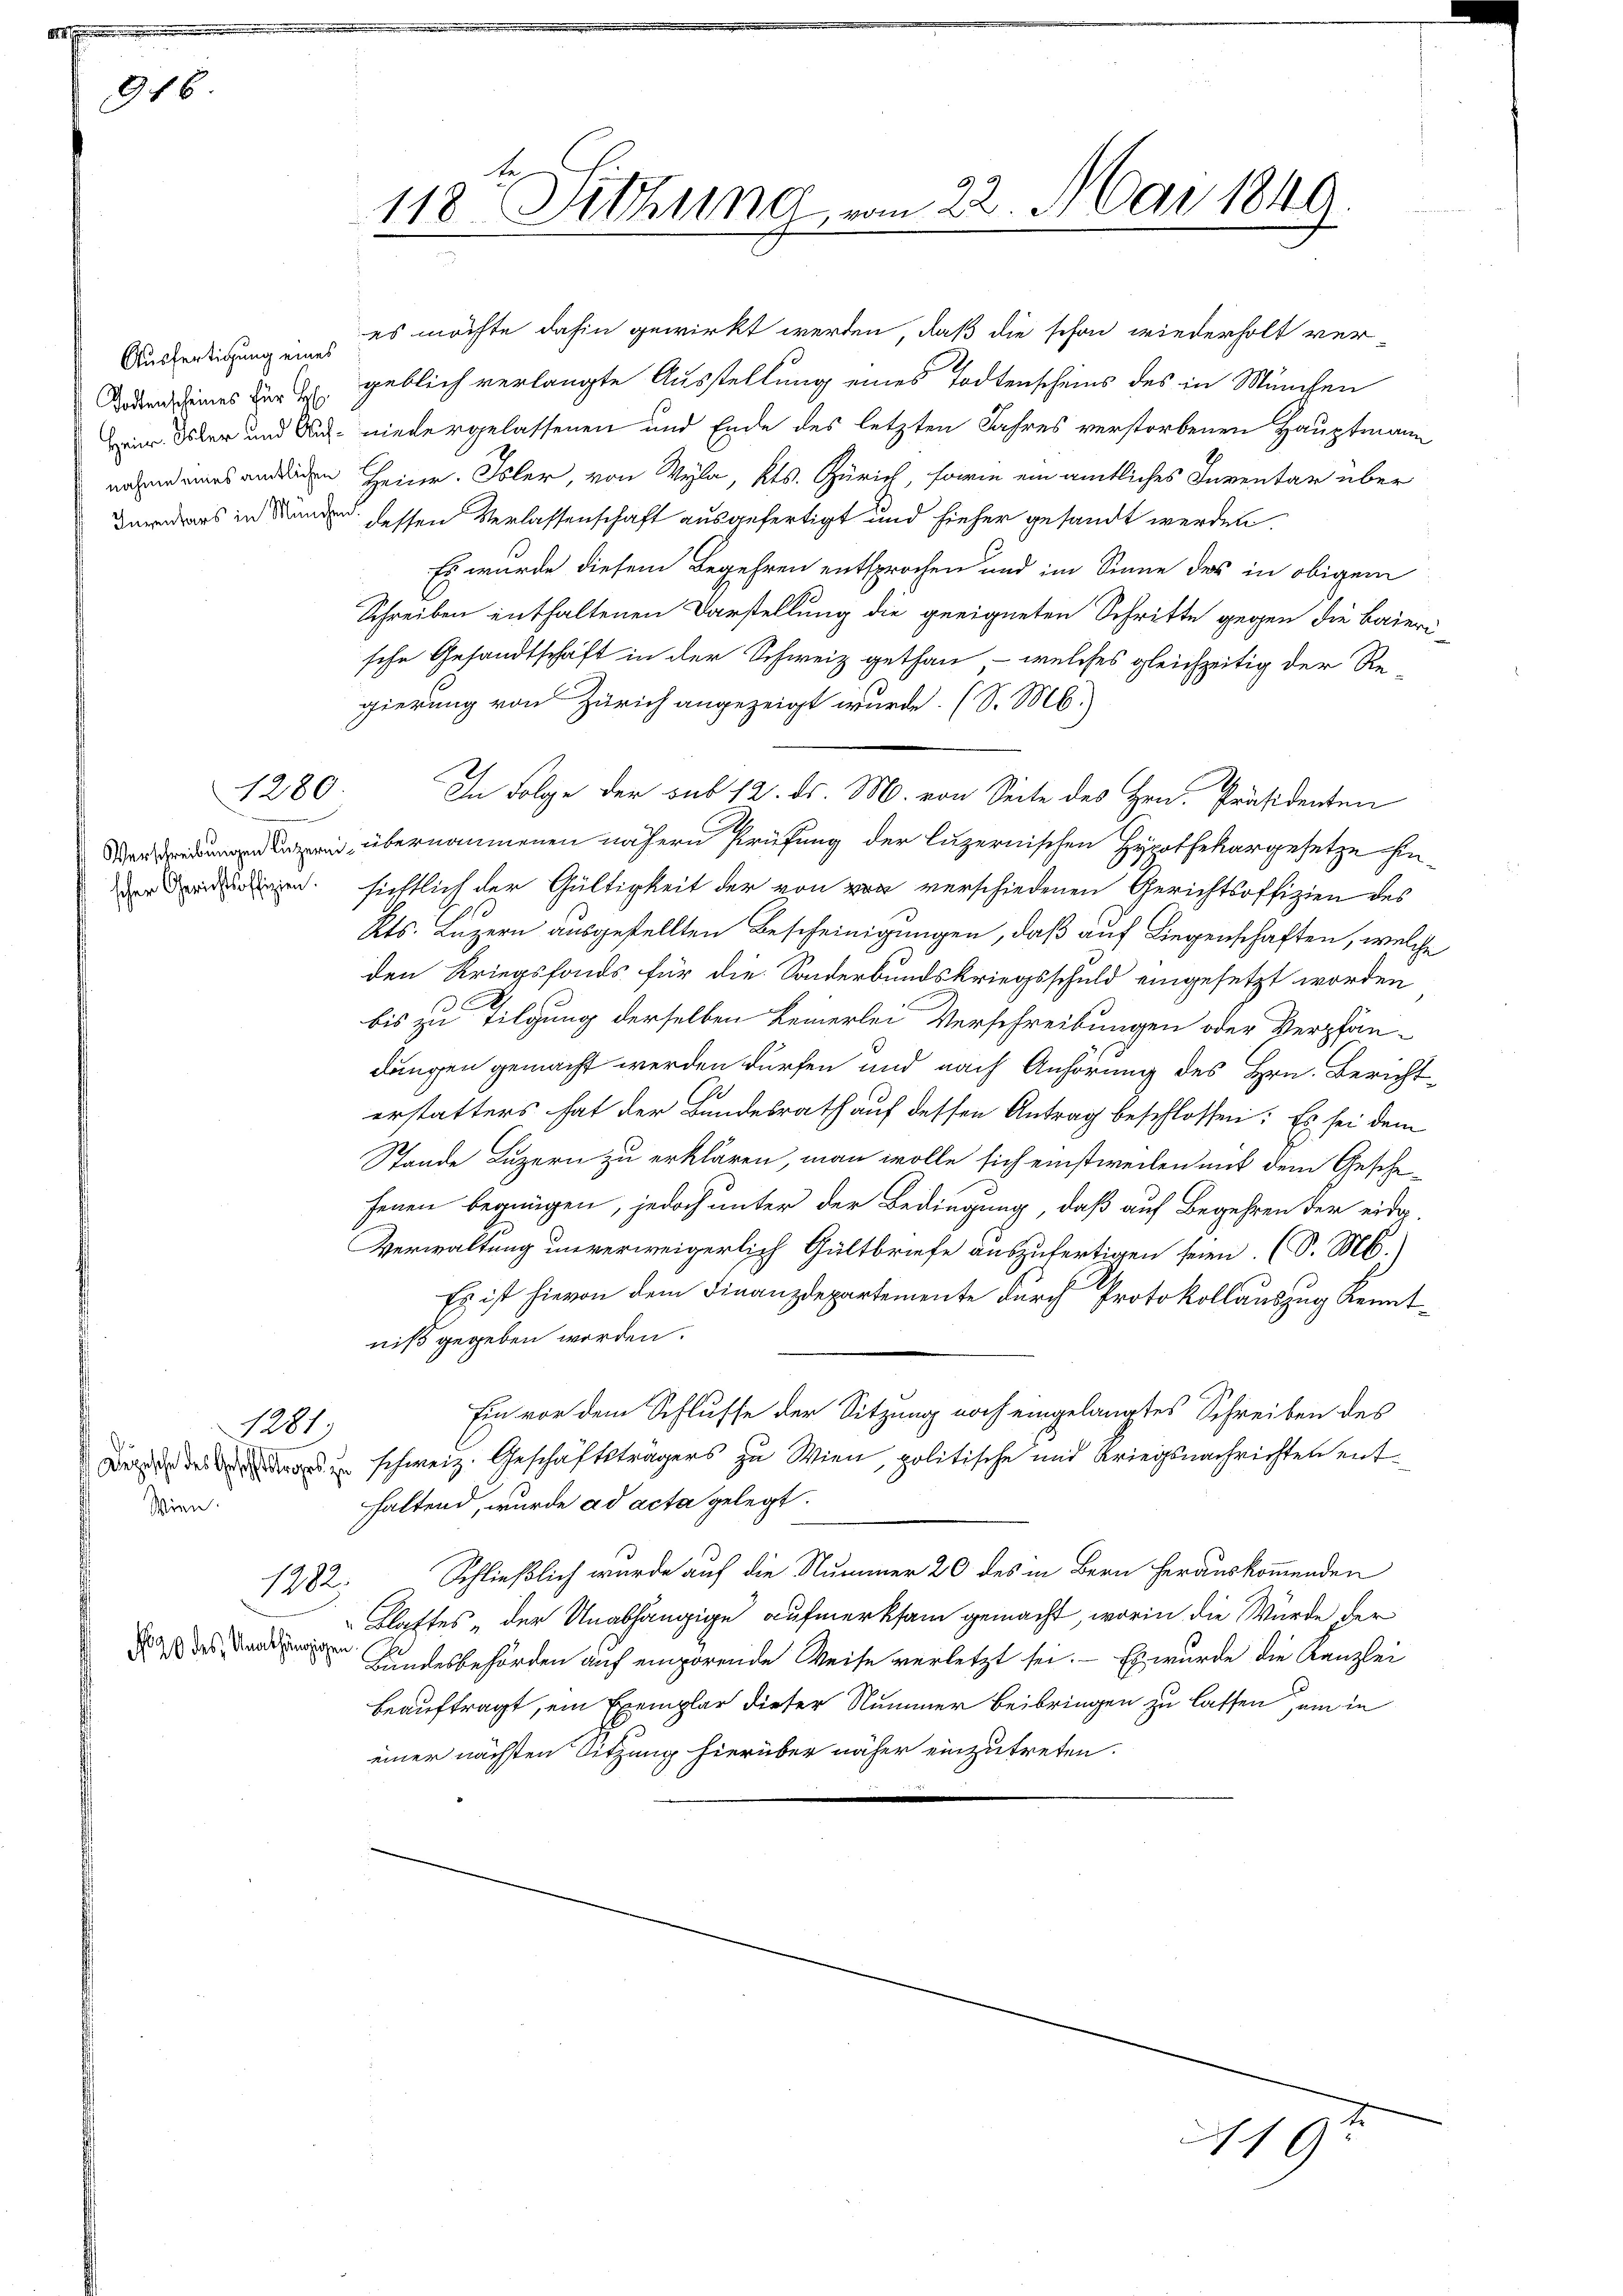
916.

Ausfertigung eines
Todtenscheines für H
nahme eines amtlichen

1280.

scher Gerichtsoffizien.

1281

Wien.

1782.

No. 20 des Unabhängigen

es möchte dahin gewirkt werden, daß die schon wiederholt ver-
geblich verlangte Ausstellung eines Todtenscheins des in München
Eier. Über und Sich niedergelassenen und Ende des letzten Jahres verstorbenen Hauptmann
Heinr. Isler, von Wyla, Kts. Zürich, sowie ein amtliches Inventar über
Dernders in Manden dessen Verlassenschaft ausgefertigt und hieher gesandt werden.
Es wurde diesem Begehren entsprochen und im Sinne des in obigem
Schreiben enthaltenen Darstellung die geeigneten Schritte gegen die Baierische Gesandtschaft in der Schweiz gethan - welches gleichzeitig der Re
gierung von Zürich angezeigt wurde. (S. M.)
In Folge der sub 12. ds. M. von Seite des Hrn. Präsidenten
 übernommenen nähern Prüfung der luzernischen Hypothekargesetze hin
sichtlich der Gültigkeit der von von verschiedenen Gerichtsoffizien des
Kts. Luzern ausgestellten Bescheinigungen, daß auf Liegenschaften, welche
den Kriegsfonds für die Sonderbundskriegsschuld eingesetzt worden
bis zu Tilgung derselben keinerlei Verschreibungen oder Verpfändungen gemacht werden dürfen und nach Anhörung des Hrn. Berichterstatters hat der Bundesrath auf dessen Antrag beschlossen: Es sei dem
Stande Luzern zu erklären, man wolle sich einstweilen mit dem Geschefenen begnügen, jedoch unter der Bedingung, daß auf Begehren der eid¬
Verwaltung unverweigerlich Gültbriefe auszufertigen seien. (S. M.)
Es ist hievon dem Finanzdepartemente durch Protokollauszug Kenntniß gegeben werden.
Ein vor dem Schlusse der Sitzung noch eingelangtes Schreiben des
Der es schweiz. Geschäftsträgers zu Wien, politische und Kriegsnachrichten enthaltend, wurde ad acta gelegt.
Schließlich wurde auf die Nummer 20 des in Bern herauskommenden
Blattes „der Unabhängige aufmerksam gemacht, worin die Würde der
Bundesbehörden auf empörende Weise verletzt sei. - Es wurde die Kanzlei
beauftragt, ein Exemplar dieser Nummer beibringen zu lassen, um in
einer nächsten Sitzung hierüber näher einzutreten.

118. Sitzung, vom 22. Mai 1849

19